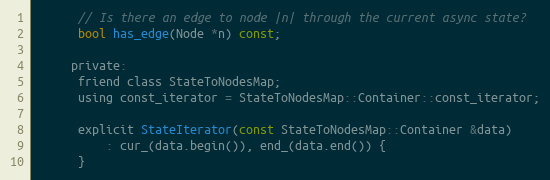
Language: C
      // Is there an edge to node |n| through the current async state?
      bool has_edge(Node *n) const;

     private:
      friend class StateToNodesMap;
      using const_iterator = StateToNodesMap::Container::const_iterator;

      explicit StateIterator(const StateToNodesMap::Container &data)
          : cur_(data.begin()), end_(data.end()) {
      }